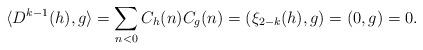
LaTeX: \begin{align*}\langle D^{k-1}(h), g\rangle=\sum_{n<0}C_{h}(n)C_{g}(n)= (\xi_{2-k}(h), g)=(0, g)=0.\end{align*}